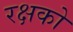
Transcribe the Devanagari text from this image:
रक्षको